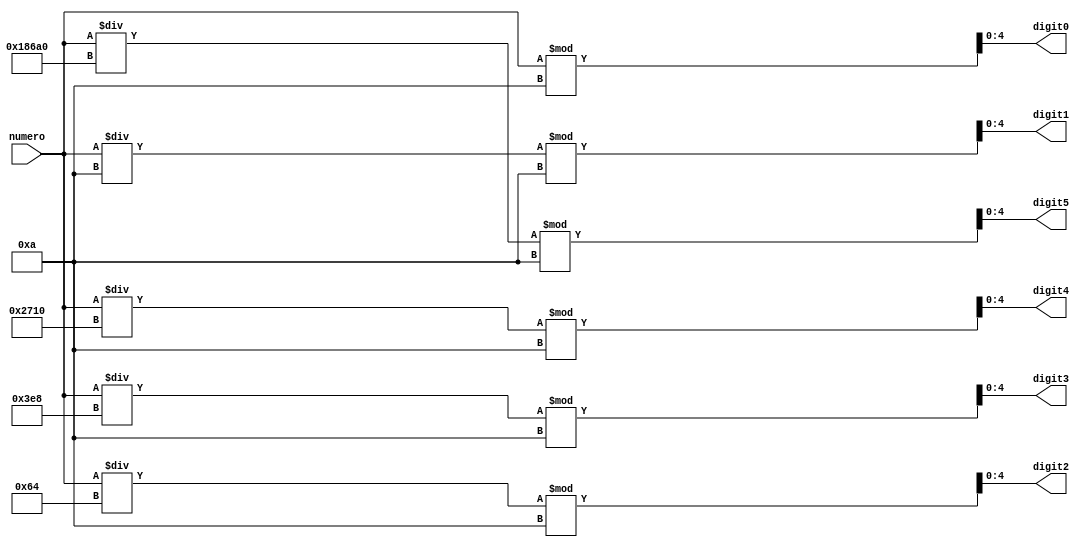

module descomponer_en_digitos(
	input [31:0] numero,
	output [4:0] digit0,
	output [4:0] digit1,
	output [4:0] digit2,
	output [4:0] digit3,
	output [4:0] digit4,
	output [4:0] digit5
	
);

assign digit0 = numero % 10;
assign digit1 = (numero/10) % 10;
assign digit2 = (numero/100) % 10;
assign digit3 = (numero/1000) % 10;
assign digit4 = (numero/10000) % 10;
assign digit5 = (numero/100000) % 10;

endmodule